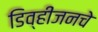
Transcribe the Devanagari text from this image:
डिव्हीजनचे